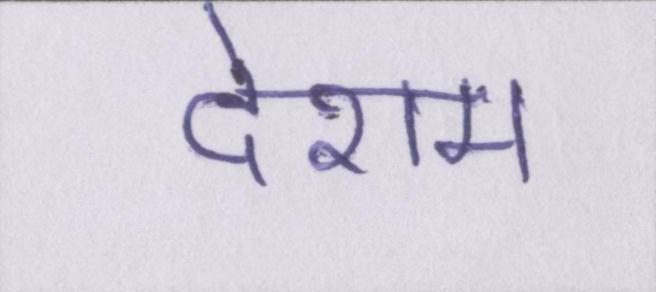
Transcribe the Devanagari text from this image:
देशम